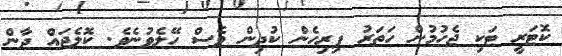
ކޮޓަރީ ޓަކި ޖެހުމުން ހަތަރު ފިރިހެން ކުދިން ވެސް ހޭލެވުނެވެ. ކޮލެޖައް ދާން